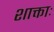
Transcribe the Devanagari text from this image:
शाक्ताः